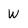
Character: W